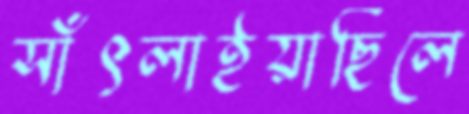
সাঁৎলাইয়াছিলে